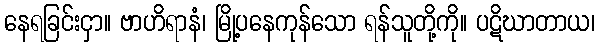
နေရခြင်းငှာ။ ဗာဟိရာနံ၊ မြို့ပနေကုန်သော ရန်သူတို့ကို။ ပဋိဃာတာယ၊